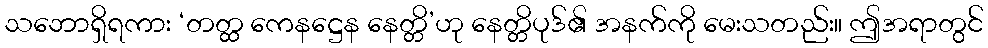
သဘောရှိရကား ‘တတ္ထ ကေနဋ္ဌေန နေတ္တိ’ဟု နေတ္တိပုဒ်၏ အနက်ကို မေးသတည်း။ ဤအရာတွင်